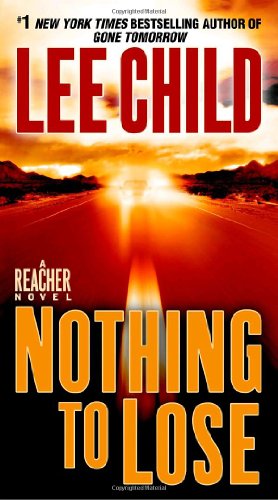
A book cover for Nothing to Lose (Jack Reacher); Lee Child; Mystery, Thriller & Suspense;